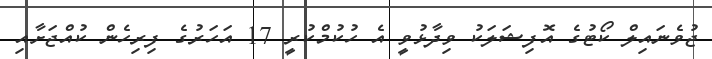
ޖުވެނައިލް ކޯޓުގެ އޮފިޝަލަކު ވިދާޅުވީ އެ ހުކުމްކުރީ 17 އަހަރުގެ ފިރިހެން ކުއްޖަށާއި